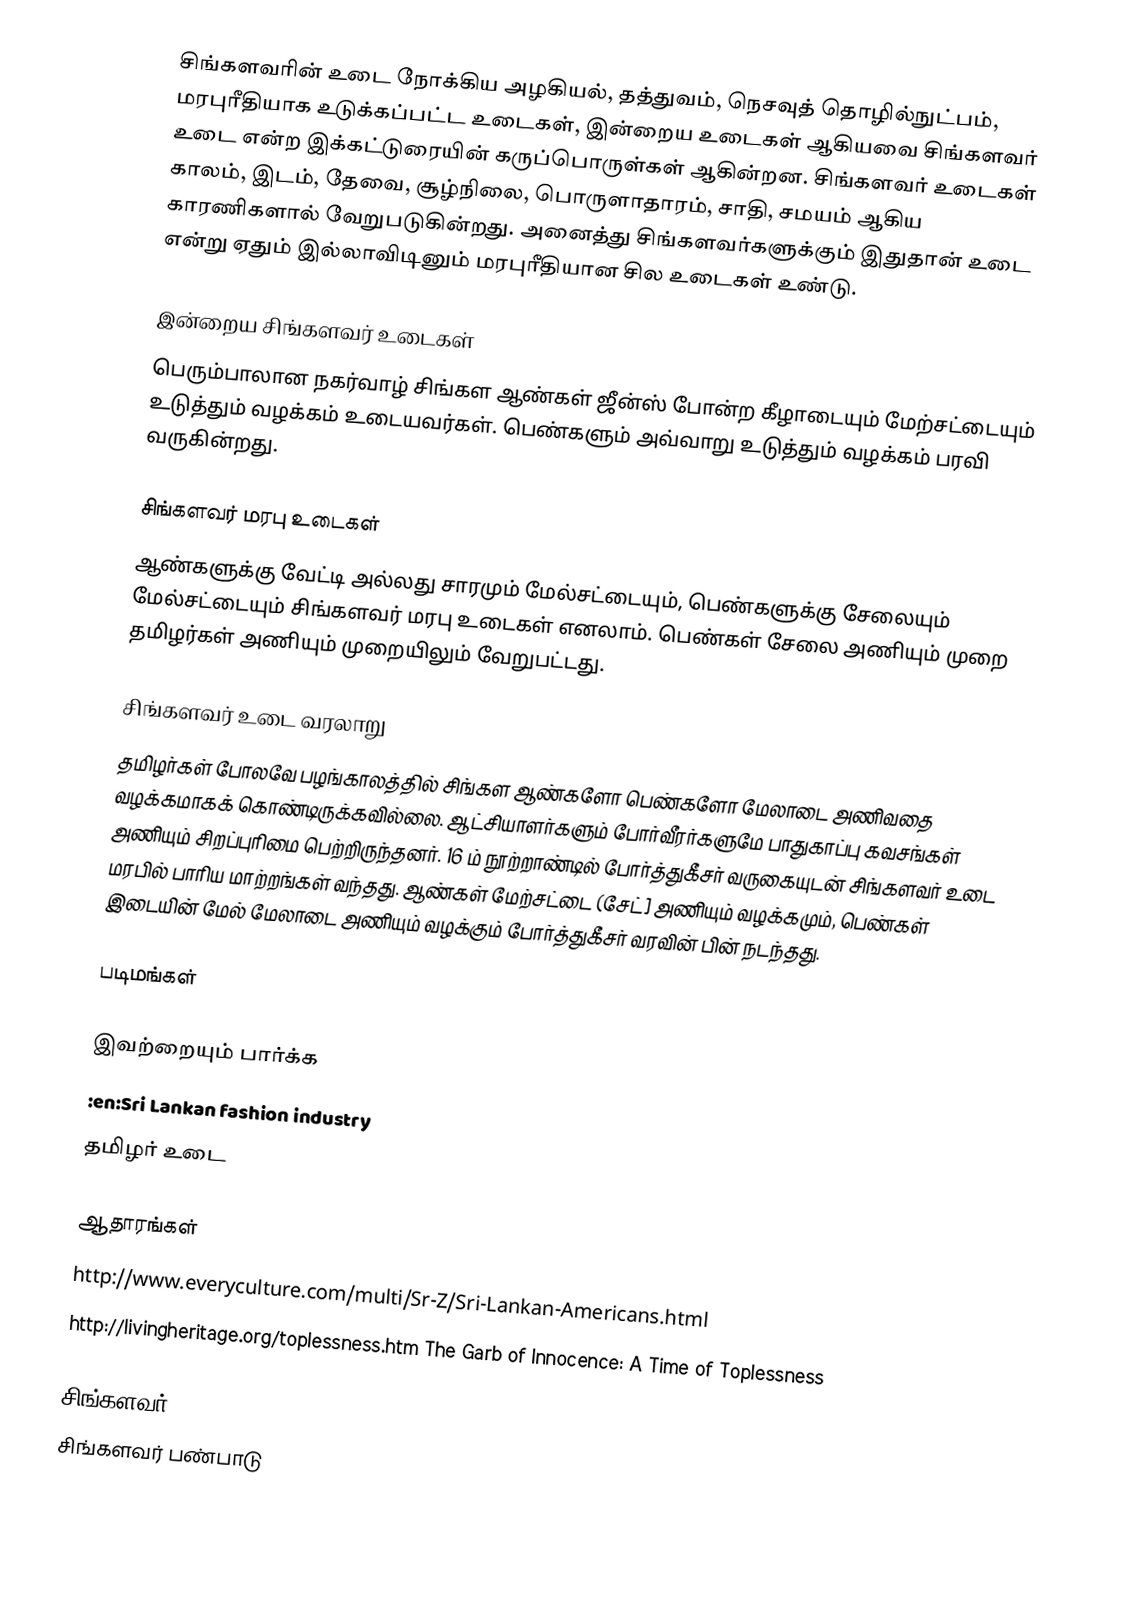
சிங்களவரின் உடை நோக்கிய அழகியல், தத்துவம், நெசவுத் தொழில்நுட்பம், மரபுரீதியாக உடுக்கப்பட்ட உடைகள், இன்றைய உடைகள் ஆகியவை சிங்களவர் உடை என்ற இக்கட்டுரையின் கருப்பொருள்கள் ஆகின்றன.  சிங்களவர் உடைகள் காலம், இடம், தேவை, சூழ்நிலை, பொருளாதாரம், சாதி, சமயம் ஆகிய காரணிகளால் வேறுபடுகின்றது.  அனைத்து சிங்களவர்களுக்கும் இதுதான் உடை என்று ஏதும் இல்லாவிடினும் மரபுரீதியான சில உடைகள் உண்டு.

இன்றைய சிங்களவர் உடைகள்
பெரும்பாலான நகர்வாழ் சிங்கள ஆண்கள் ஜீன்ஸ் போன்ற கீழாடையும் மேற்சட்டையும் உடுத்தும் வழக்கம் உடையவர்கள்.  பெண்களும் அவ்வாறு உடுத்தும் வழக்கம் பரவி வருகின்றது.

சிங்களவர் மரபு உடைகள்
ஆண்களுக்கு வேட்டி அல்லது சாரமும் மேல்சட்டையும், பெண்களுக்கு சேலையும் மேல்சட்டையும் சிங்களவர் மரபு உடைகள் எனலாம்.  பெண்கள் சேலை அணியும் முறை தமிழர்கள் அணியும் முறையிலும் வேறுபட்டது.

சிங்களவர் உடை வரலாறு
தமிழர்கள் போலவே பழங்காலத்தில் சிங்கள ஆண்களோ பெண்களோ மேலாடை அணிவதை வழக்கமாகக் கொண்டிருக்கவில்லை.  ஆட்சியாளர்களும் போர்வீரர்களுமே பாதுகாப்பு கவசங்கள் அணியும் சிறப்புரிமை பெற்றிருந்தனர். 16 ம் நூற்றாண்டில் போர்த்துகீசர் வருகையுடன் சிங்களவர் உடை மரபில் பாரிய மாற்றங்கள் வந்தது. ஆண்கள் மேற்சட்டை (சேட்] அணியும் வழக்கமும், பெண்கள் இடையின் மேல் மேலாடை அணியும் வழக்கும் போர்த்துகீசர் வரவின் பின் நடந்தது.

படிமங்கள்

இவற்றையும் பார்க்க
 :en:Sri Lankan fashion industry
 தமிழர் உடை

ஆதாரங்கள்
 http://www.everyculture.com/multi/Sr-Z/Sri-Lankan-Americans.html
 http://livingheritage.org/toplessness.htm The Garb of Innocence: A Time of Toplessness

சிங்களவர்
சிங்களவர் பண்பாடு